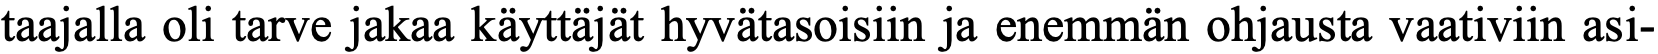
taajalla oli tarve jakaa käyttäjät hyvätasoisiin ja enemmän ohjausta vaativiin asi-